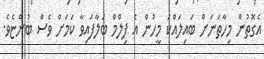
އެގޮތުން މިހާތަނަށް ބައިލައްކަ މީހުން އެ ފިލްމް ބަލާފައިވާ ކަމަށް ވެސް ބުންޏެވެ.